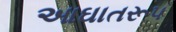
આઘાતરૂપ